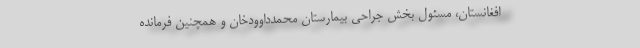
افغانستان، مسئول بخش جراحی بیمارستان محمدداوودخان و همچنین فرمانده